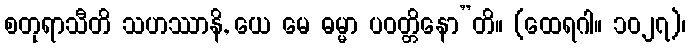
စတုရာသီတိ သဟဿာနိ, ယေ မေ ဓမ္မာ ပဝတ္တိနော”တိ။ (ထေရဂါ။ ၁၀၂၇)၊